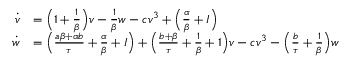
\begin{array} { r l } { \dot { v } } & { = \Big ( 1 + \frac { 1 } { \beta } \Big ) v - \frac { 1 } { \beta } w - c v ^ { 3 } + \Big ( \frac { \alpha } { \beta } + I \Big ) } \\ { \dot { w } } & { = \Big ( \frac { a \beta + \alpha b } { \tau } + \frac { \alpha } { \beta } + I \Big ) + \Big ( \frac { b + \beta } { \tau } + \frac { 1 } { \beta } + 1 \Big ) v - c v ^ { 3 } - \Big ( \frac { b } { \tau } + \frac { 1 } { \beta } \Big ) w } \end{array}